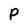
Character: P